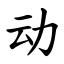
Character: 动